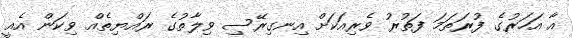
އާ އަހަރުގެ ފުރަތަމަ ފަތުރު ވެރިއަކަށް އިނގިރޭސި ވިލާތުގެ ރައްޔިތެއް ވިކަން އެއީ